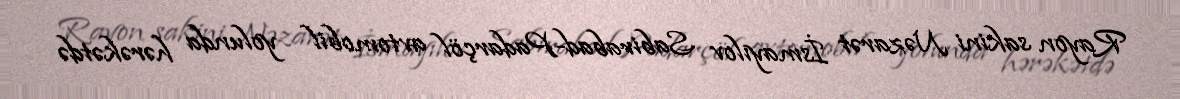
Rayon sakini Nəzarət İsmayılov Sabirabad-Padarçöl avtomobil yolunda hərəkətdə